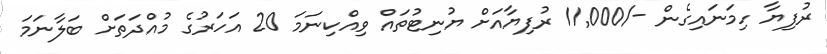
ރުފިޔާ ހިމަނައިގެން -/11